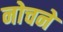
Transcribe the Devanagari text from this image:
नोचने